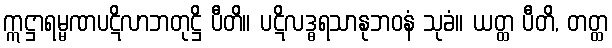
ဣဋ္ဌာရမ္မဏပဋိလာဘတုဋ္ဌိ ပီတိ။ ပဋိလဒ္ဓရသာနုဘဝနံ သုခံ။ ယတ္ထ ပီတိ, တတ္ထ